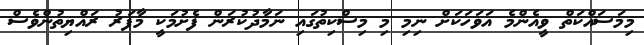
މިމަސައްކަތް ވީއެންމެ އަވަހަކަށް ނިމި މި މިސްކިތުގައި ނަމާދުކުރަން ފެށުމަކީ މާފަރު ރައްޔިތުންވެސް